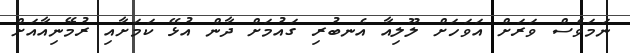
ނަމަވެސް ވަރަށް އަވަހަށް ލޫލިއާ އެނބުރި ގައުމަށް ދާން އުޅޭ ކަމަށާއި ރުމޭނިއާއަށް